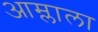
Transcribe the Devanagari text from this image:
आम्लाला